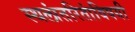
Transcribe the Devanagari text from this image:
स्थलांतरितांविषयी